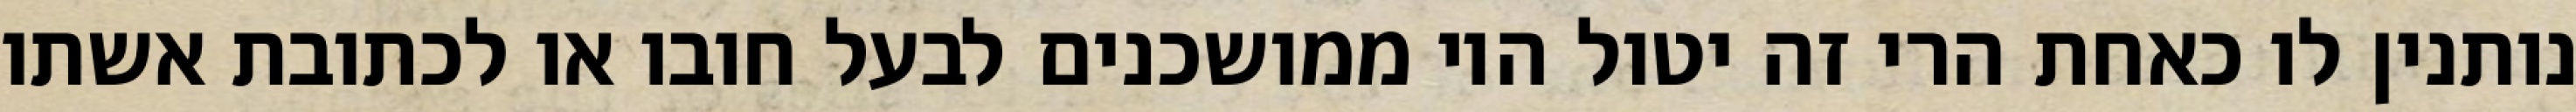
נותנין לו כאחת הרי זה יטול היו ממושכנים לבעל חובו או לכתובת אשתו